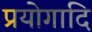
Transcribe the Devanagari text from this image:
प्रयोगादि